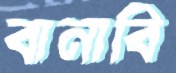
বানাবি